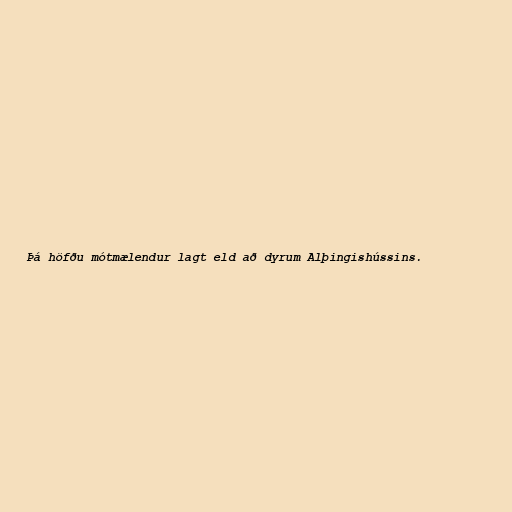
Þá höfðu mótmælendur lagt eld að dyrum Alþingishússins.